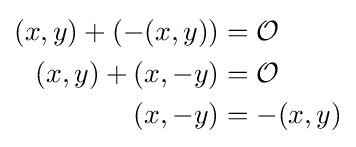
{\begin{aligned}(x,y)+(-(x,y))&={\mathcal {O}}\\(x,y)+(x,-y)&={\mathcal {O}}\\(x,-y)&=-(x,y)\end{aligned}}